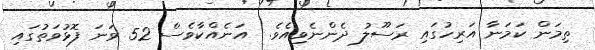
ތިމަން ކަމަނާ އަރިހުގައި ރަސޫލު ދެންނެވިއެވެ.  އަނެއްކާވެސް 52 ވަނަ ފޮޅުވަތުގައި